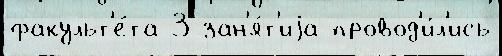
факульт'е́та 3 зан'я́т'иjа провод'и́л'ись